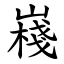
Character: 嶘